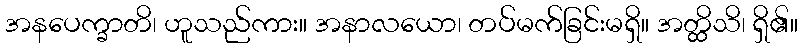
အနပေက္ခာတိ၊ ဟူသည်ကား။ အနာလယော၊ တပ်မက်ခြင်းမရှိ။ အတ္ထိသိ၊ ရှိ၏။